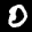
Label: 0